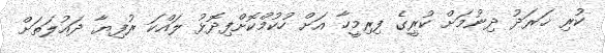
ކުރި ޚަރަދު ދިނުމަށް ކުރީގެ ފިރިމީހާ އަށް ހުކުމްކޮށްފިދޮޅު ލައްކަ ރުފިޔާ ދައުލަތަށް